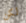
لكن